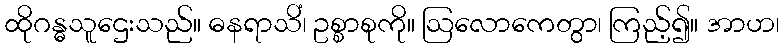
ထိုဂန္ဓသူဌေးသည်။ ဓနရာသိံ၊ ဥစ္စာစုကို။ ဩလောကေတွာ၊ ကြည့်၍။ အာဟ၊